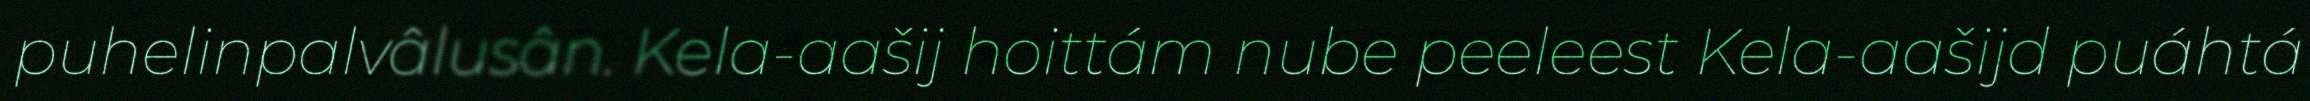
puhelinpalvâlusân. Kela-aašij hoittám nube peeleest Kela-aašijd puáhtá